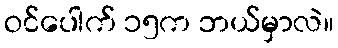
ဝင်ပေါက် ၁၅က ဘယ်မှာလဲ။